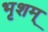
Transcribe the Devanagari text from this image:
भृशम्‌